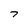
Character: 7